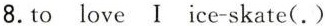
8.to love I ice-skate(.)